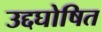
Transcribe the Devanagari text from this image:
उद्दघोषित